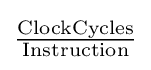
\mathrm {\tfrac {ClockCycles}{Instruction}}